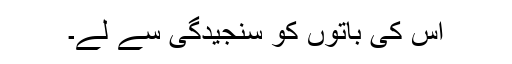
اس کی باتوں کو سنجیدگی سے لے۔